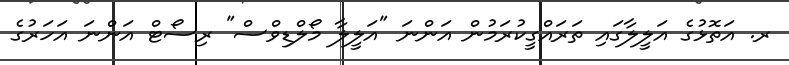
ރ. އަތޮޅުގެ އަލީލާގައި ތަރައްގީކުރަމުން އަންނަ "އަލީލާ މޯލްޑިވްސް" ރިސޯޓް އަންނަ އަހަރުގެ